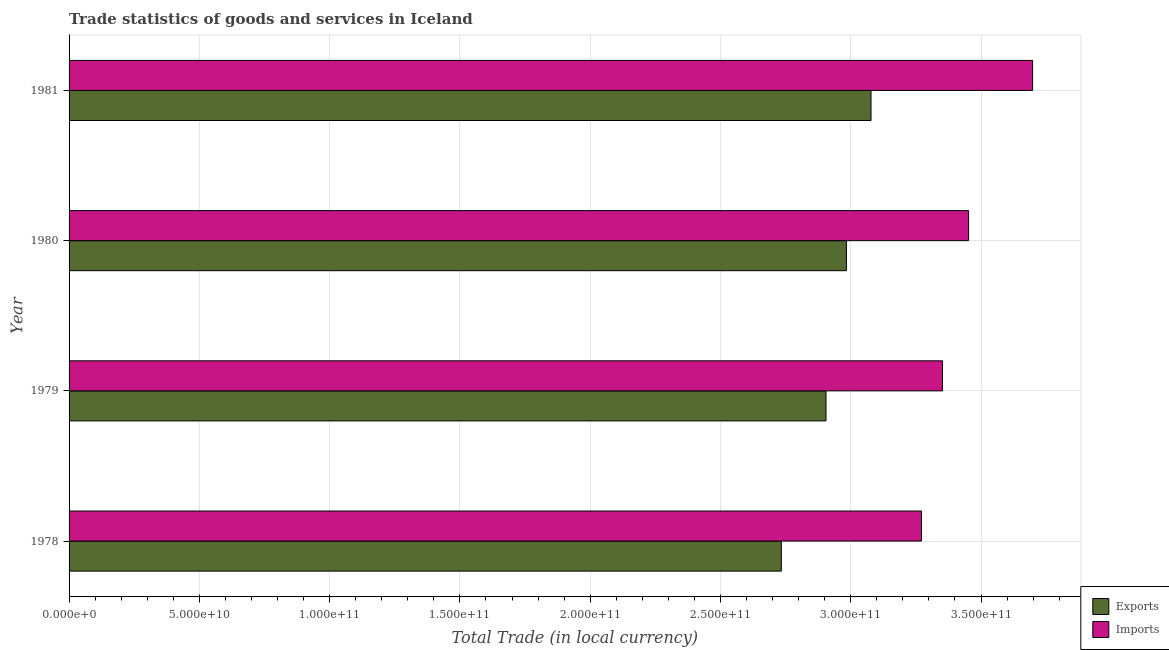
| Year | Exports | Imports |
 | --- | --- | --- |
 | 1978 | 2.73e+11 | 3.27e+11 |
 | 1979 | 2.91e+11 | 3.35e+11 |
 | 1980 | 2.98e+11 | 3.45e+11 |
 | 1981 | 3.08e+11 | 3.7e+11 |